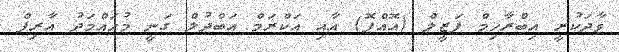
ވާދަކުރީ އިބްރާހިމް ފަޒީލް (އޮއްޕޮ) އާއި އަކްރަމް އަބްދުލް ގަނީ މުހައްމަދު އާރިފް